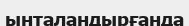
ынталандырғанда